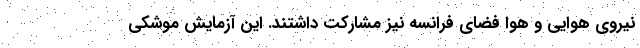
نیروی هوایی و هوا فضای فرانسه نیز مشارکت داشتند. این آزمایش موشکی